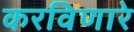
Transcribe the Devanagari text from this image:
करविणारे